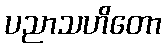
ပညာသဟိတော